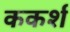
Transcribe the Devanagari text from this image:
ककर्श